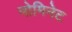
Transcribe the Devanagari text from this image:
नोमिनेट